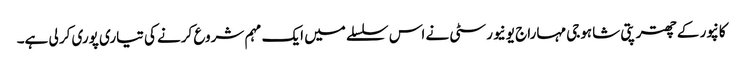
کانپور کے چھترپتی شاہوجی مہاراج یونیورسٹی نے اس سلسلے میں ایک مہم شروع کرنے کی تیاری پوری کر لی ہے۔